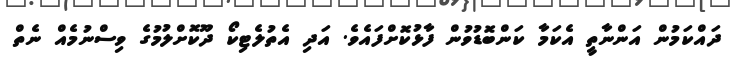
ދައްކަމުން އަންނާތީ އެކަމާ ކަންބޮޑުވުން ފާޅުކޮށްފައެވެ. އަދި އެތުލެޓިކޯ ދޫކޮށްލުމުގެ ވިސްނުމެއް ނެތް